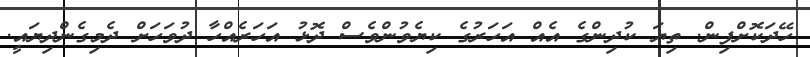
ހޭދަކޮށްފިން. ތިޔަ ކުދިންގެ އެއް އަހަރުގެ ކިޔެވުންވެސް ދޮޅު އަހަރެއްހާ ދުވަހަށް ދެމިގެންދިޔައީ.